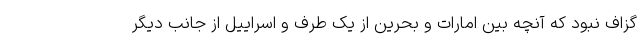
گزاف نبود که آنچه بین امارات و بحرین از یک طرف و اسراییل از جانب دیگر